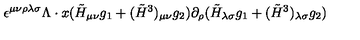
\epsilon ^ { \mu \nu \rho \lambda \sigma } \Lambda \cdot x ( \tilde { H } _ { \mu \nu } g _ { 1 } + ( \tilde { H } ^ { 3 } ) _ { \mu \nu } g _ { 2 } ) \partial _ { \rho } ( \tilde { H } _ { \lambda \sigma } g _ { 1 } + ( \tilde { H } ^ { 3 } ) _ { \lambda \sigma } g _ { 2 } )